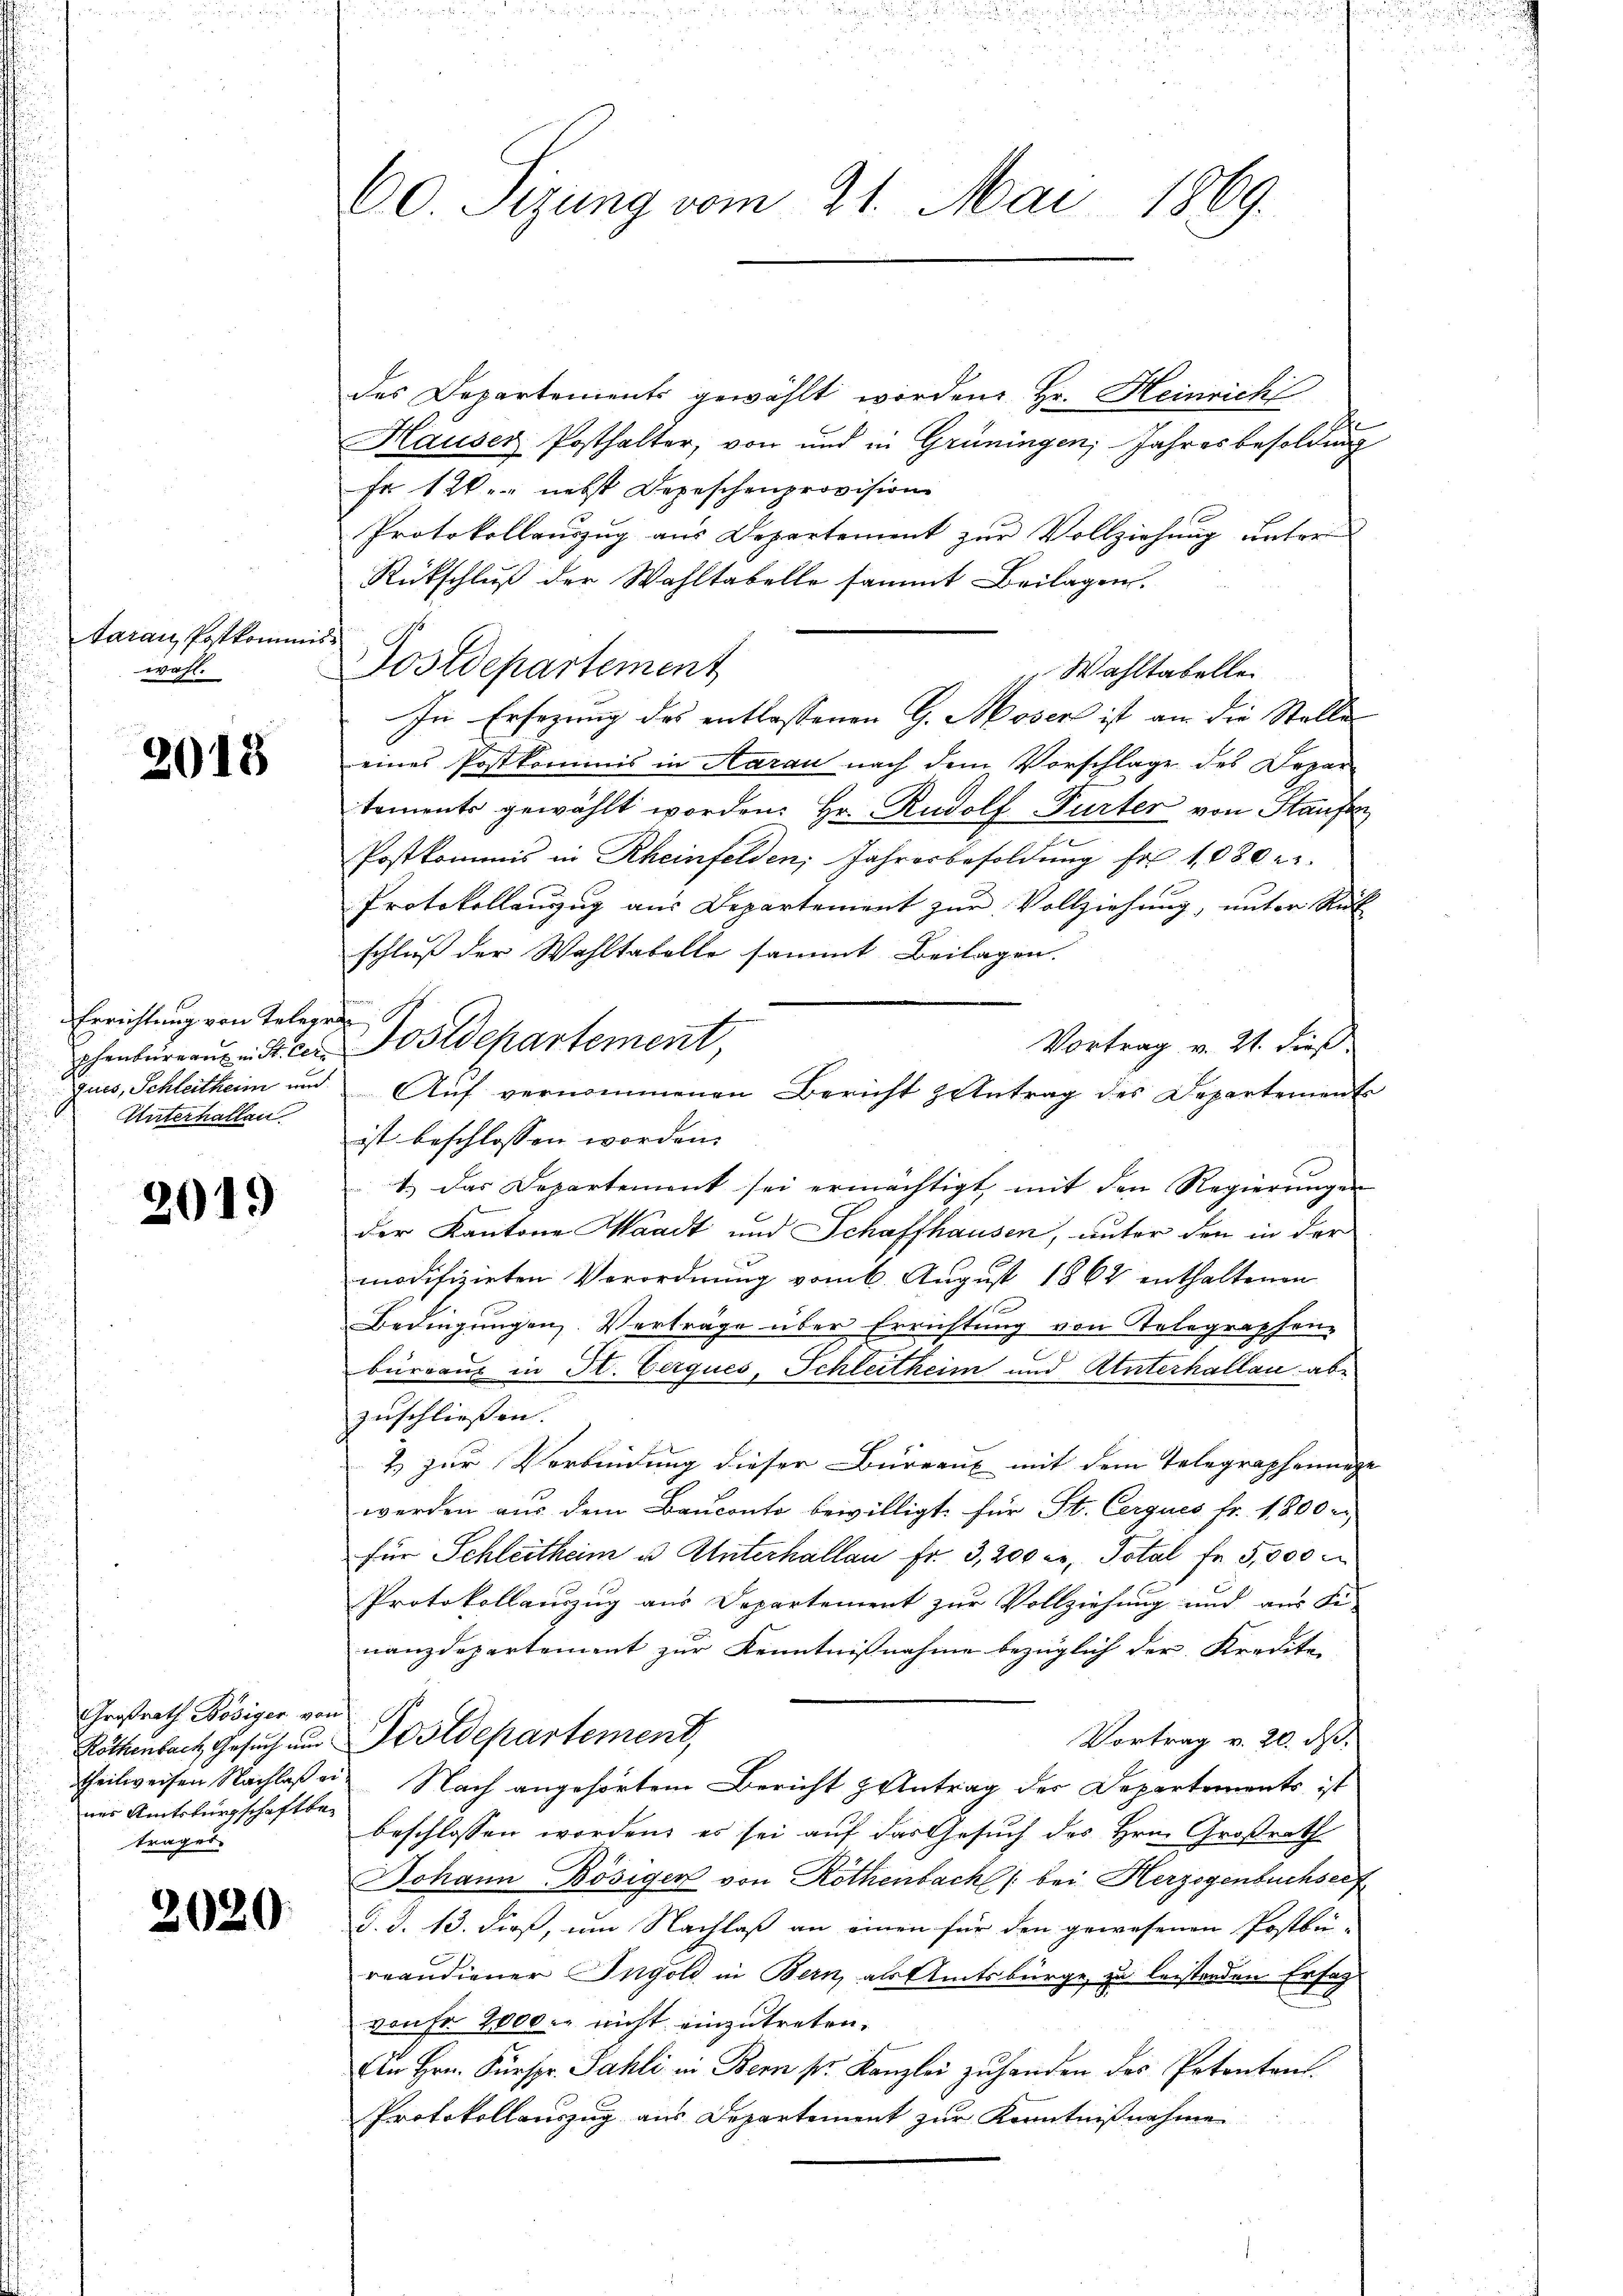
tarau, Postkommi
wahl.

2018

Errichtung von Telerr
phenbureau in St. Cer
Unterhallen

2019

Großrath Bösiger von
nes Amtsbürgschaft be-
trages.

2020.

60. Sigung vom 21. Mai 1869.

des Departements gewählt worden, Hr. Heinrich
Hauser Posthalter, von und in Grüningen, Jahres besoldung
Fr 120. nebst Depeschenprovision
Protokollauszug aus Departement zŭr Vollziehung unter
Rückschluß der Wahltabelle sammt Beilagen.
Postdepartement
 Wahltabelle
In Ersezung des entlassenen G. Moser ist an die Stelle
eines Postkommis in Aarau nach dem Vorschlage des Departements gewählt worden: Hr. Rudolf Turter von Staufen
Postkommis in Rheinfelden, Jahresbesoldung fr. 1080 e
Protokollanzug aus Departement zur Vollziehung, unter Rück
schluß der Wahltabelle sammt Beilagen.

Postdepartement,
Vortrag v. 21. dieß
ist beschlossen worden.
1.) Das Departement sei ermächtigt, mit den Regierŭngen
der Kantone Waadt und Schaffhausen, unter den in der
modifizirten Verordnung vom 6. August 1862 enthaltenen
Bedingungen. Verträge über Errichtung von Telegraphen-
büreaus in St. Cerques, Schleitheim und Unterhallau abzuschliessen. |
2) zur Verbindung dieser Büreaux mit dem Telegraphennige
werden aus dem Bauconto bewilligt, für St. Cerques fr. 1,800 c
für Schleitheim u. Unterhallan fr. 3,200 Fr. Total fr 5,000
Protokollauszug aus Departement zur Vollziehung und aus Fi-
nanzdepartement zur Kenntnißnahme bezüglich der Kredite
Vortrag v. 20. ds.
Röthenbach Gesuch und Postdepartement,
theilweisen Nachlaßen Nach angehörtem Bericht & Antrag der Departements ist
beschlossen worden, es sei auf das Gesuch des Hrn. Großrath
Johann Bösiger von Rothenbach /: bei Herzogenbuchself
d. d. 13. dieß, um Nachlaß an einen für den gewesenen Postbü-
reaudiener Ingold in Bern, als Amtsbürge zu leistenden Ersag
vonFr. 2000. nicht einzutreten.
An Hrn. Fürspr. Sahli in Bern pr. Kanzlei zuhanden des Petenten.
Protokollauszug aus Departement zur Kenntnißnahme

ques, Schleitheim und Aŭf vernommenen Bericht zentrag des Departements